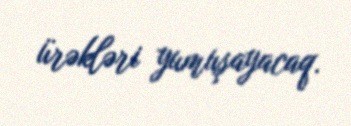
ürəkləri yumuşayacaq.